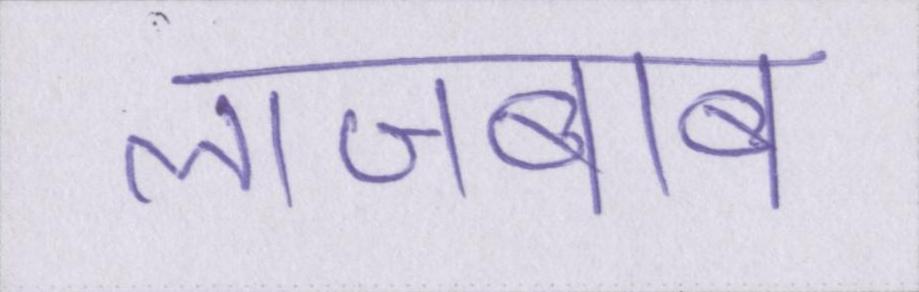
लाजबाब